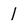
Character: 1